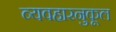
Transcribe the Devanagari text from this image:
व्यवहारनुकूल